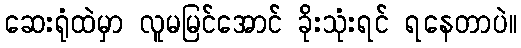
ဆေးရုံထဲမှာ လူမမြင်အောင် ခိုးသုံးရင် ရနေတာပဲ။